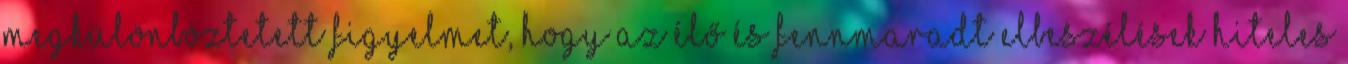
megkülönböztetett figyelmet, hogy az élő és fennmaradt elbeszélések hiteles